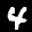
Label: 4